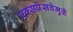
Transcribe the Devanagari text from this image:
एक्सप्रेसवेमुळे